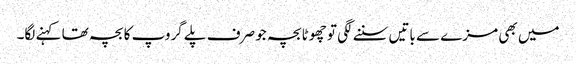
میں بھی مزے سے باتیں سننے لگی تو چھوٹا بچہ جو صرف پلے گروپ کا بچہ تھا کہنے لگا۔